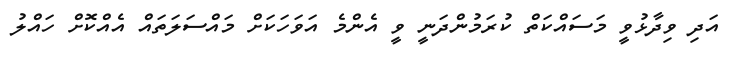
އަދި ވިދާޅުވީ މަސައްކަތް ކުރަމުންދަނީ ވީ އެންމެ އަވަހަކަށް މައްސަލަތައް އެއްކޮށް ހައްލު